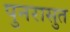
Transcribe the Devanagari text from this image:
पुनरासुत